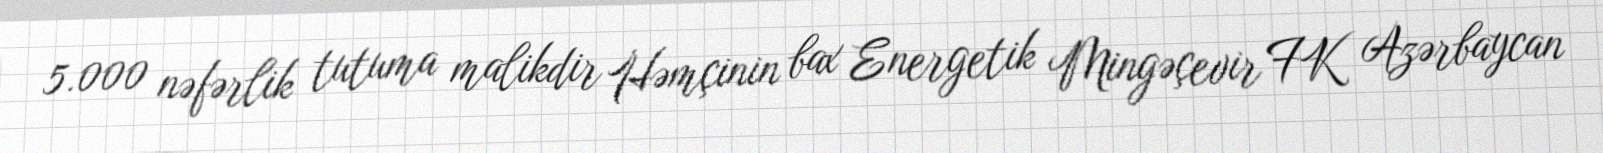
5.000 nəfərlik tutuma malikdir Həmçinin bax Energetik Mingəçevir FK Azərbaycan